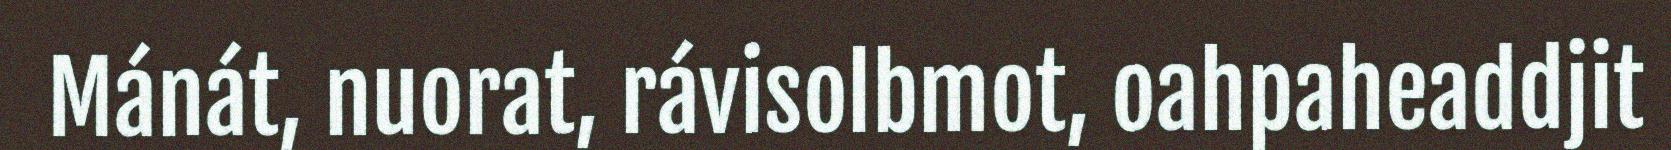
Mánát, nuorat, rávisolbmot, oahpaheaddjit